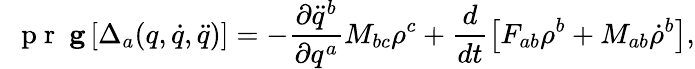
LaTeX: \mathrm{~\textbf~{~p~r~}~}\mathbf{g}\left[\Delta_{a}(q,\dot{q},\ddot{q})\right]=-\frac{\partial\ddot{q}^{b}}{\partial q^{a}}M_{bc}\rho^{c}+\frac{d}{dt}\left[F_{ab}\rho^{b}+M_{ab}\dot{\rho}^{b}\right],